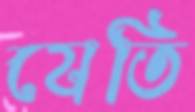
যেতি